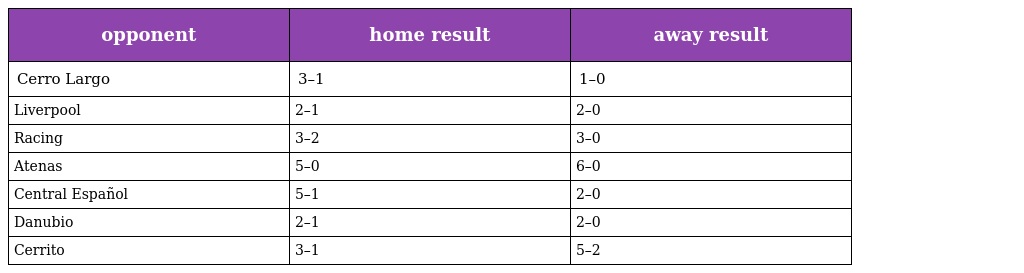
| opponent | home result | away result |
 | --- | --- | --- |
 | Cerro Largo | 3–1 | 1–0 |
 | Liverpool | 2–1 | 2–0 |
 | Racing | 3–2 | 3–0 |
 | Atenas | 5–0 | 6–0 |
 | Central Español | 5–1 | 2–0 |
 | Danubio | 2–1 | 2–0 |
 | Cerrito | 3–1 | 5–2 |